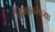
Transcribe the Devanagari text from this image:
हिमाचलच्या